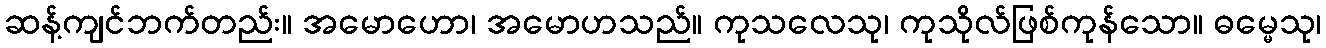
ဆန့်ကျင်ဘက်တည်း။ အမောဟော၊ အမောဟသည်။ ကုသလေသု၊ ကုသိုလ်ဖြစ်ကုန်သော။ ဓမ္မေသု၊